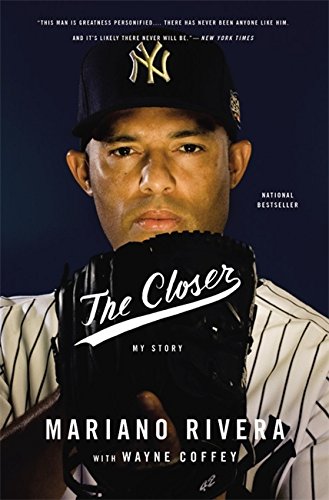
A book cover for The Closer; Mariano Rivera; Biographies & Memoirs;